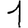
Digit: 1